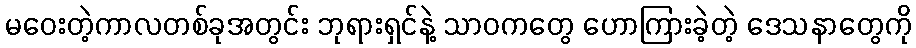
မဝေးတဲ့ကာလတစ်ခုအတွင်း ဘုရားရှင်နဲ့ သာဝကတွေ ဟောကြားခဲ့တဲ့ ဒေသနာတွေကို